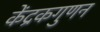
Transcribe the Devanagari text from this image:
केंद्रकगुणन